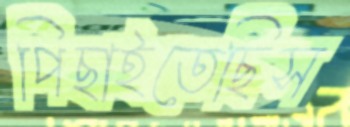
পিছাইতেছিস